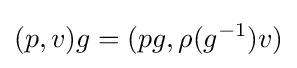
(p,v)g=(pg,\rho (g^{-1})v)